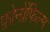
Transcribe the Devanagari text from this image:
फ़ोनोंफिल्म